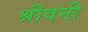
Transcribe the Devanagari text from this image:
श्रीवनी